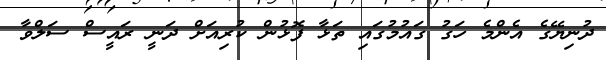
ދުނިޔޭގެ އެންމެ ހަގު ގައުމުގައި ތަޅާ ފޮޅުން ކުރިއަށް ދަނީ ރައީސް ސަލްވާ